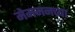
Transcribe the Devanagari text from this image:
मेममनच्या